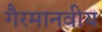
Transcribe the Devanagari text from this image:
गैरमानवीय